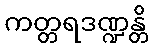
ကတ္တရဒဏ္ဍန္တိ